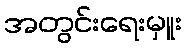
အတွင်းရေးမှူး